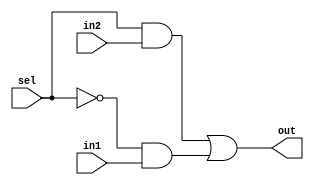
module mux2to1(out,sel,in1,in2);

    input in1,in2,sel;
    output out;
    wire not_sel,a1,a2;
    not (not_sel,sel);
    and (a1,sel,in2);
    and (a2,not_sel,in1);
    or(out,a1,a2);
    
endmodule

module bit8_2to1mux(out,sel,in1,in2);

	input [7:0]in1,in2;
	output [7:0]out;
	input sel;
  	genvar j; //this is the variable that is be used in the generate //block

	generate for (j=0; j<=7; j=j+1)

		begin: mux_loop //mux_loop is the name of the loop

	  	mux2to1 m1(out[j],sel,in1[j],in2[j]); //mux2to1 is instantiated every time it is called
		end
	
	endgenerate
endmodule

module bit32_2to1mux(out,sel,in1,in2);

	input [31:0]in1,in2;
	output [31:0]out;
	input sel;
  	genvar j; //this is the variable that is be used in the generate //block

	generate for (j=0; j<=24; j=j+8)

		begin: mux32_loop //mux_loop is the name of the loop

	  	bit8_2to1mux bm1(out[(j+7):j],sel,in1[(j+7):j],in2[(j+7):j]); //mux2to1 is instantiated every time it is called
		end
	
	endgenerate	
	
endmodule